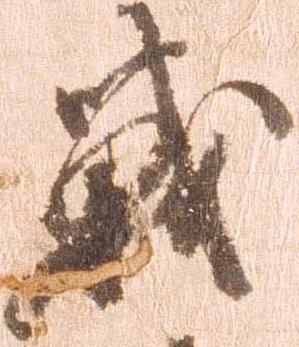
戦